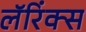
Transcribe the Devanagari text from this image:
लॅरिंक्स